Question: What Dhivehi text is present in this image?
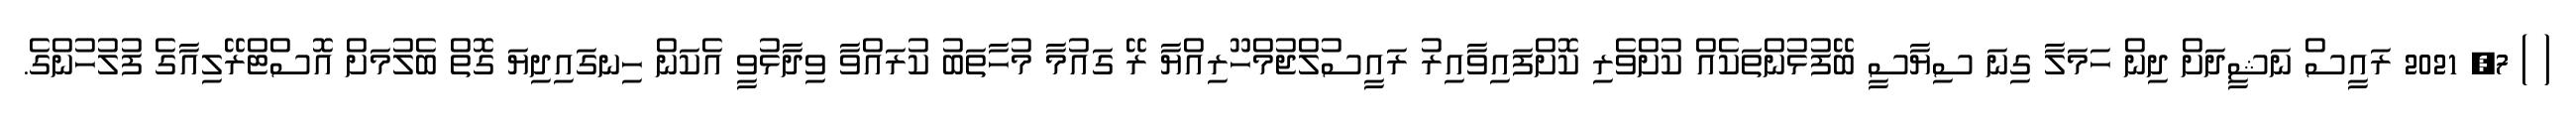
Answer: ( ) 7, 2021 ރައީސް ނަޝީދަށް ދިން ހަމަލާ ގިނަ ސިޔާސީ ބޭފުޅުންތަކެއް ކުށްވެރި ކޮށްފައިވާއިރު ރައީސުލްޖުމްހޫރިއްޔާ ރޭ ގައުމާ މުހާތަބު ކުރައްވާ ވިދާޅުވީ އެކަން ހިނގައިދިޔަ ގޮތް ބެލުމަށް އޮސްޓްރޭލިއާގެ ފުލުހުންގެ.